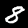
Digit: 8